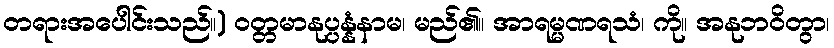
တရားအပေါင်းသည်။) ဝတ္တမာနုပ္ပန္နံနာမ၊ မည်၏။ အာရမ္မဏရသံ၊ ကို။ အနုဘဝိတွာ၊